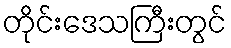
တိုင်းဒေသကြီးတွင်